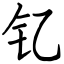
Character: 钇